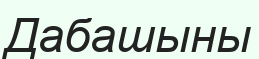
Дабашыны